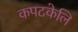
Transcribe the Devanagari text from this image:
कपटकेलि